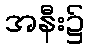
အနီး၌